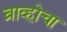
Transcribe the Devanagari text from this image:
ब्राव्होचा